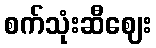
စက်သုံးဆီဈေး